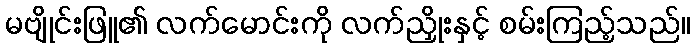
မဗျိုင်းဖြူ၏ လက်မောင်းကို လက်ညှိုးနှင့် စမ်းကြည့်သည်။